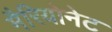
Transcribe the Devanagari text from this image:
मैरियोनेट